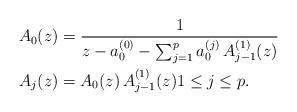
LaTeX: \begin{align*}A_{0}(z) & =\frac{1}{z-a_{0}^{(0)}-\sum_{j=1}^{p}a_{0}^{(j)}\,A_{j-1}^{(1)}(z)}\\A_{j}(z) & =A_{0}(z)\,A^{(1)}_{j-1}(z)1\leq j\leq p.\end{align*}